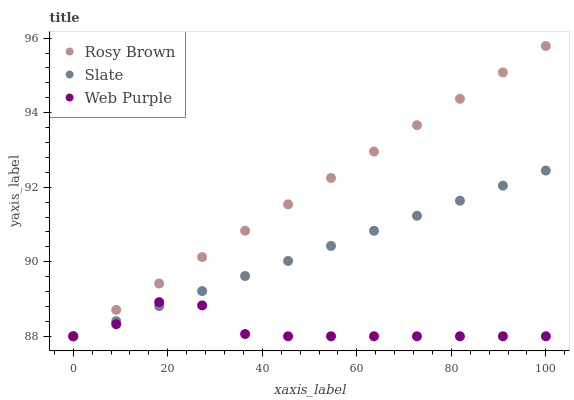
| xaxis_label | Rosy Brown | Slate | Web Purple |
 | --- | --- | --- | --- |
 | 0 | 88 | 88 | 88 |
 | 9.09 | 88.7 | 88.4 | 88.3 |
 | 18.2 | 89.4 | 88.8 | 88.9 |
 | 27.3 | 90.1 | 89.2 | 88.8 |
 | 36.4 | 90.8 | 89.6 | 88.1 |
 | 45.5 | 91.5 | 90 | 88 |
 | 54.5 | 92.2 | 90.4 | 88 |
 | 63.6 | 93 | 90.8 | 88 |
 | 72.7 | 93.7 | 91.2 | 88 |
 | 81.8 | 94.4 | 91.6 | 88 |
 | 90.9 | 95.1 | 92 | 88 |
 | 100 | 95.8 | 92.4 | 88 |